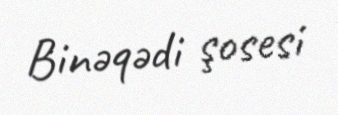
Binəqədi şosesi